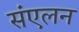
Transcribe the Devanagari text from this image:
संंएलन